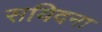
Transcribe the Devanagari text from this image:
सयिदना